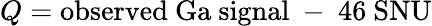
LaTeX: Q=\mathrm{observed~Ga~signal}~-~46~\mathrm{SNU}